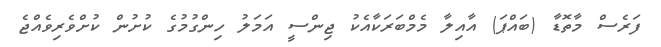
ފަރެސް މާތޮޑާ (ބައްޕަ) އާއިލާ މެމްބަރަކާއެކު ޖިންސީ އަމަލު ހިންގުމުގެ ކުށުން ކުށްވެރިވެއްޖެ